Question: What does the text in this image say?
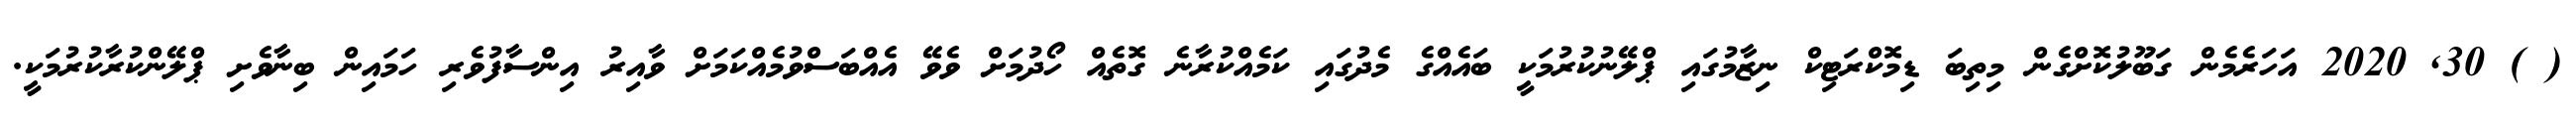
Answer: ( ) 30, 2020 އަހަރެމެން ގަބޫލުކޮށްގެން މިތިބަ ޑިމޮކްރަޓިކް ނިޒާމުގައި ޕްލޭނުކުރުމަކީ ބައެއްގެ މެދުގައި ކަމެއްކުރާނެ ގޮތެއް ހޯދުމަށް ވެވޭ އެއްބަސްވުމެއްކަމަށް ވާއިރު އިންސާފުވެރި ހަމައިން ބިނާވެށި ޕްލޭންކުރާކުރުމަކީ.